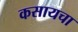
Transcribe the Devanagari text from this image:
कसायचा